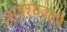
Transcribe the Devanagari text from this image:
आवश्यकतों